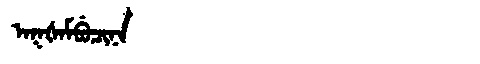
Manchu: ᠠᡴᡧᠠᠮᠪᡠᠴᡳᠨᠠ
Romanization: AKŠAMBUCINA